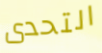
التحدى